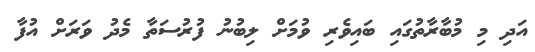
އަދި މި މުބާރާތުގައި ބައިވެރި ވުމަށް ލިބުނު ފުރުސަތާ މެދު ވަރަށް އުފާ